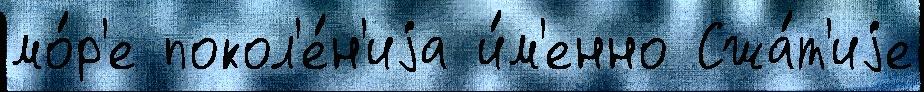
мо́р'е покол'е́н'иjа и́м'енно Сжа́т'иjе